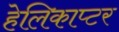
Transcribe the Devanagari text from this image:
हेलिकाप्‍टर